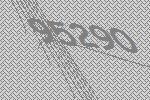
95290